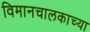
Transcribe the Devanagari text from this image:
विमानचालकाच्या